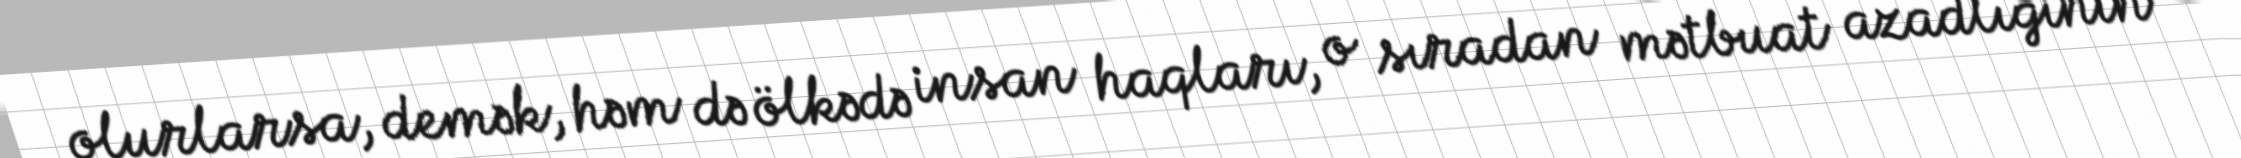
olurlarsa, demək, həm də ölkədə insan haqları, o sıradan mətbuat azadlığının